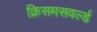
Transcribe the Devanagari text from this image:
क्रिसमसवर्ल्ड